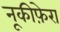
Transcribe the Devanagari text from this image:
नूकीफ़ेरा